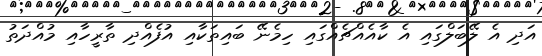
އަދި އެ ލޭބަލްގައި އެ ކާއެއްޗެއްގައި ހިމެނޭ ބައިތަކާއި އުފެއްދި ތާރީހާއި މުއްދަތު